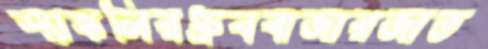
শ্যাঙ্কলিরধ্রুববাজারজাত